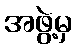
အဖွဲ့မှ